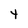
Character: 4